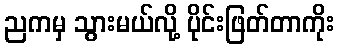
ညကမှ သွားမယ်လို့ ပိုင်းဖြတ်တာကိုး